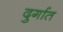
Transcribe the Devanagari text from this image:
दुर्गात